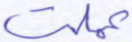
عملت